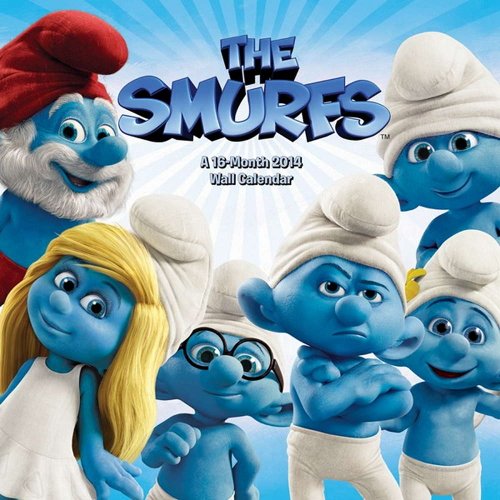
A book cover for Smurfs 2 2014 Calendar; Trends; Calendars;